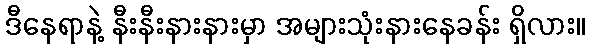
ဒီနေရာနဲ့ နီးနီးနားနားမှာ အများသုံးနားနေခန်း ရှိလား။